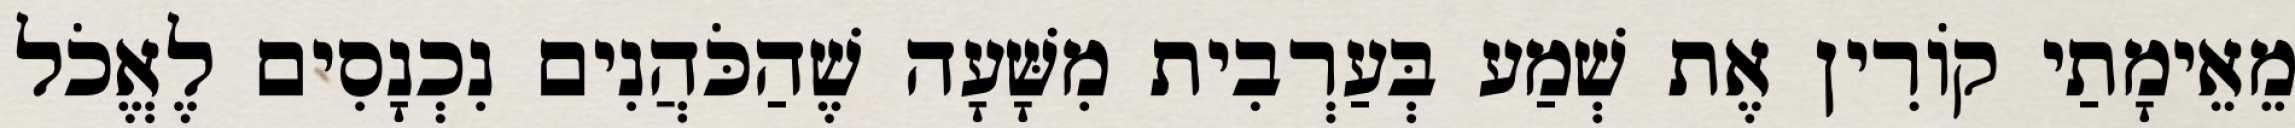
מֵאֵימָתַי קוֹרִין אֶת שְׁמַע בְּעַרְבִית מִשָּׁעָה שֶׁהַכֹּהֲנִים נִכְנָסִים לֶאֱכֹל